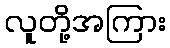
လူတို့အကြား